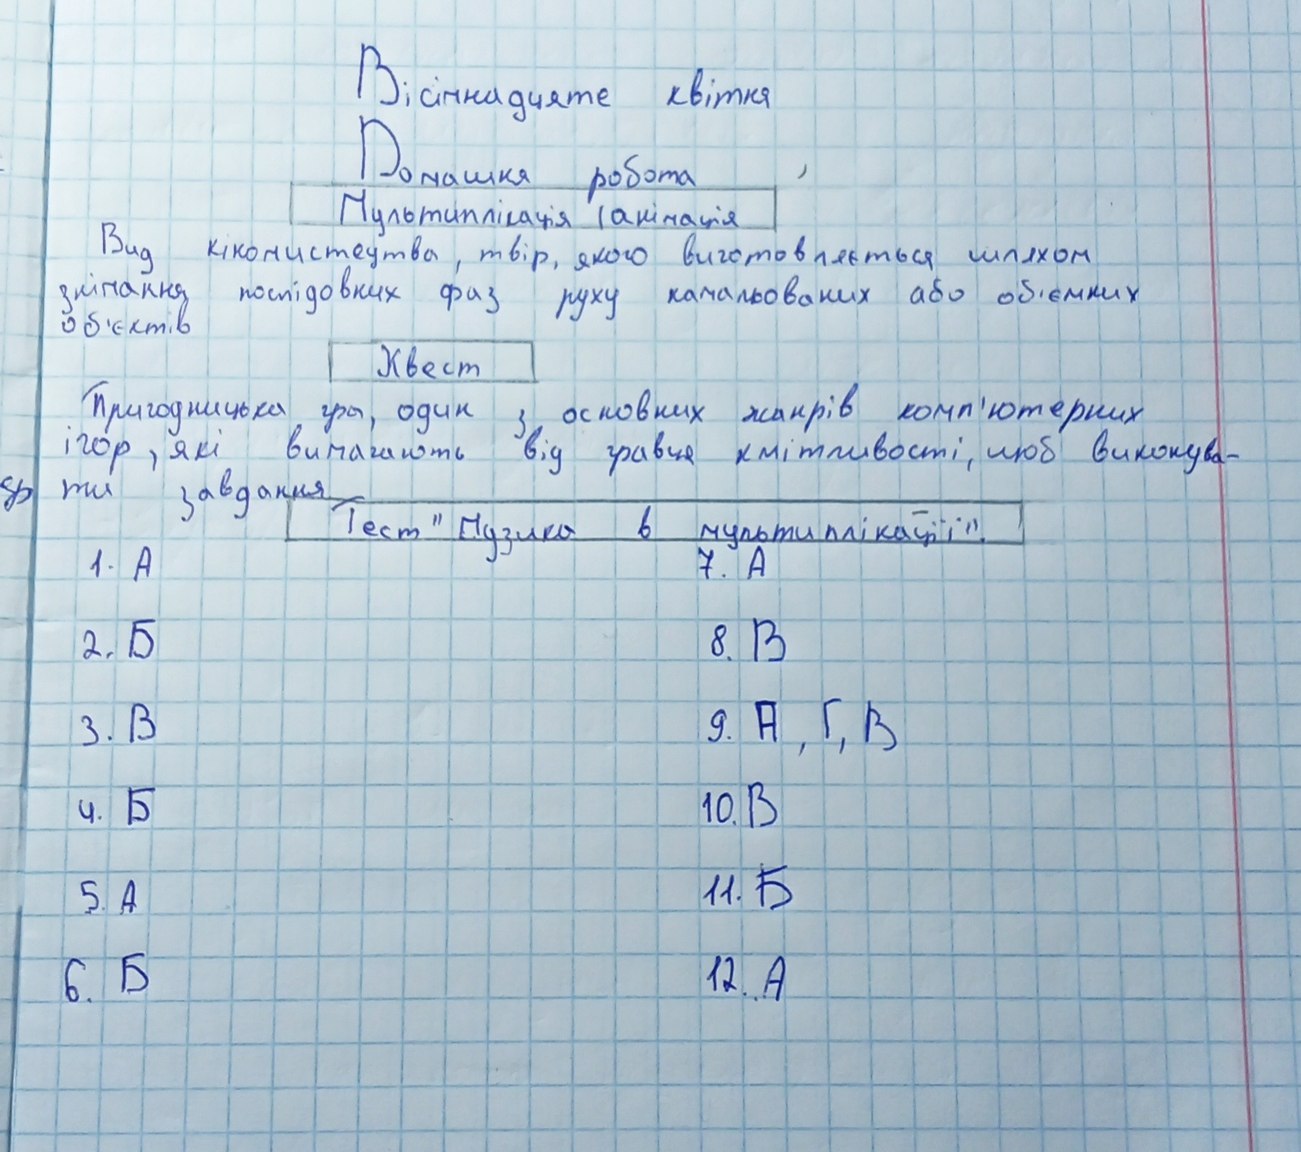
Вісімнадцяте квітня
Домашня робота
Мультиплікація (анімація
Вид кіномистецтва, твір, якого виготовляється шляхом
знімання послідовних фаз руху намальованих або об'ємних
об'єктів
Квест
Пригодницька гра, один з основних жанрів комп'ютерних
ігор, які вимагають від гравця кмітливості, щоб виконува-
ти завдання.
Тест "Музика в мультиплікації".
1. A
7. A
8. B
2. Б
9. А, Г, В
3. B
10. B
4. Б
11. Б
5. А
6. Б
12. A